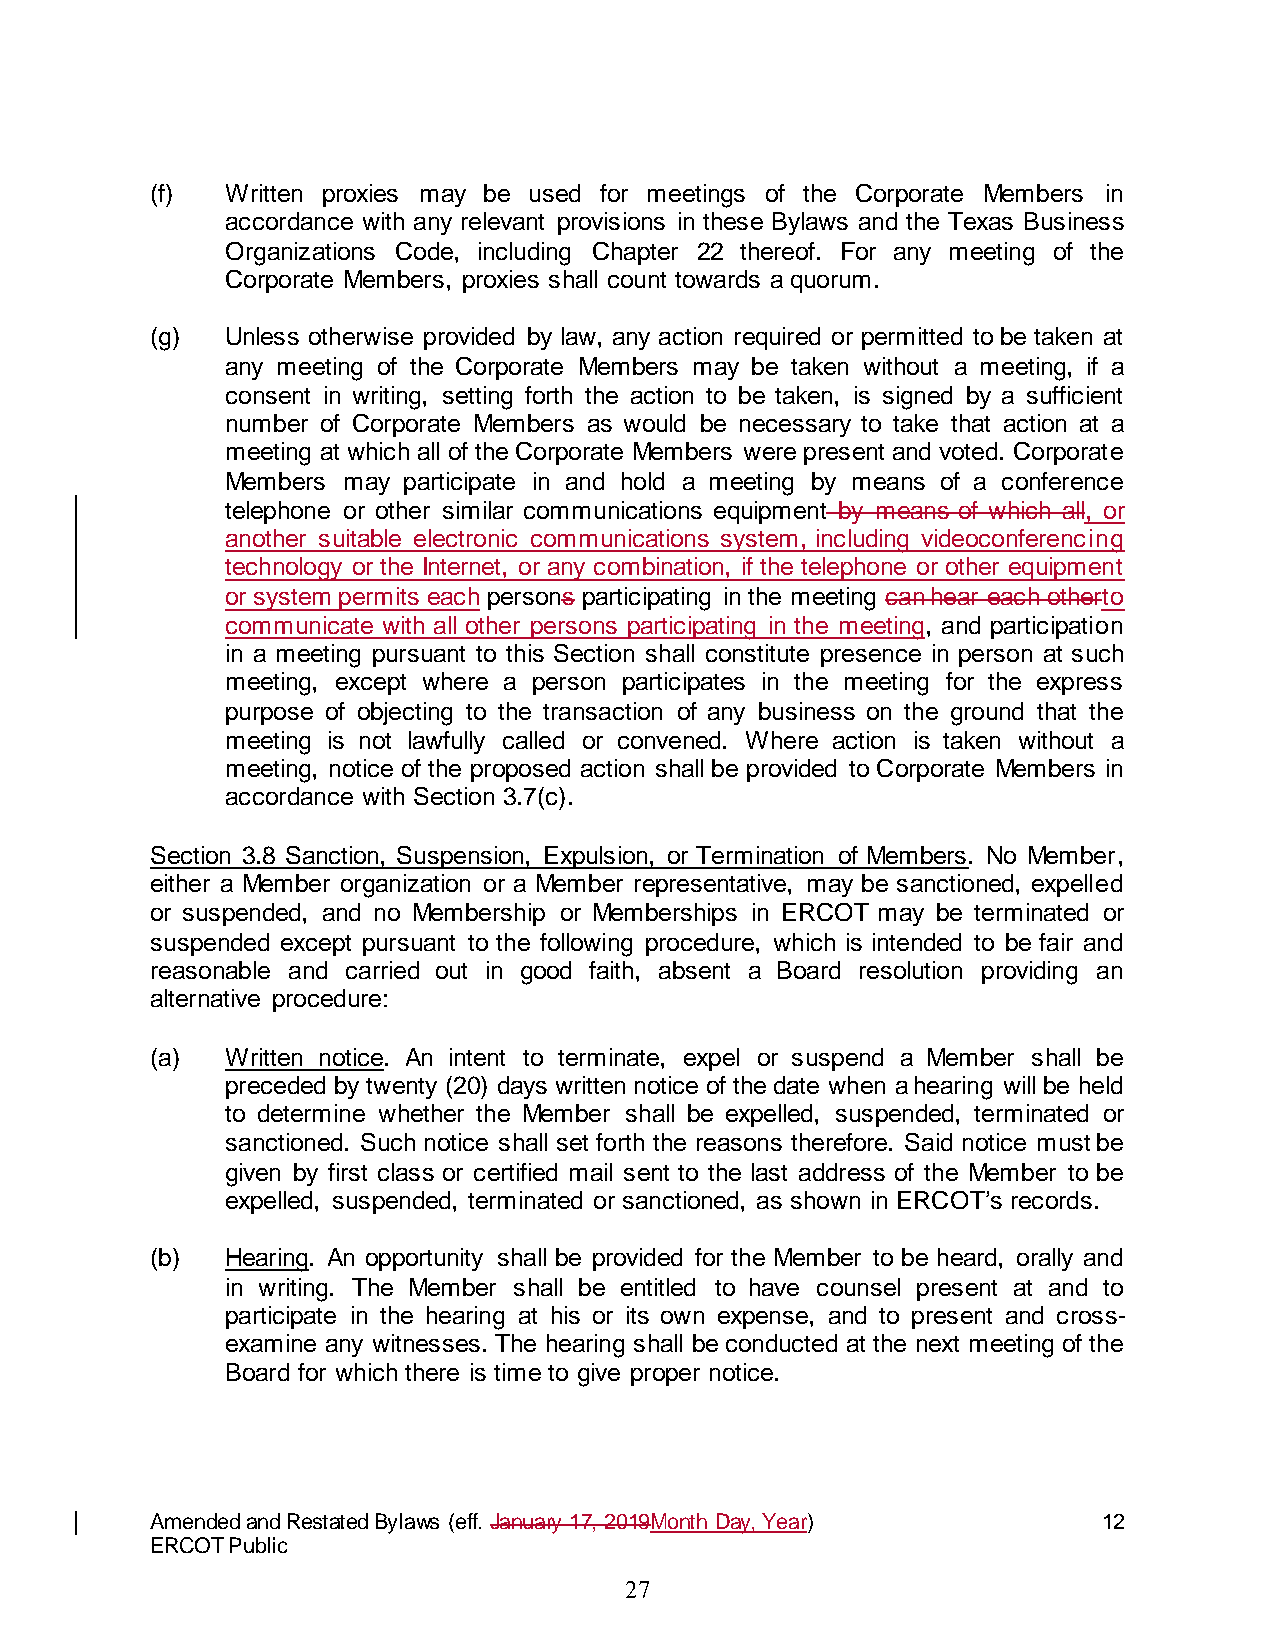
(f)  Written proxies may be used for meetings of the Corporate Members in
 accordance with any relevant provisions in these Bylaws and the Texas Business
 Organizations Code, including Chapter 22 thereof. For any meeting of the
 Corporate Members, proxies shall count towards a quorum.
 (g)  Unless otherwise provided by law, any action required or permitted to be taken at
 any meeting of the Corporate Members may be taken without a meeting, if a
 consent in writing, setting forth the action to be taken, is signed by a sufficient
 number of Corporate Members as would be necessary to take that action at a
 meeting at which all of the Corporate Members were present and voted. Corporate
 Members may participate in and hold a meeting by means of a conference
 telephone or other similar communications equipment by means of which all, or
 another suitable electronic communications system, including videoconferencing
 technology or the Internet, or any combination, if the telephone or other equipment
 or system permits each persons participating in the meeting can hear each otherto
 communicate with all other persons participating in the meeting, and participation
 in a meeting pursuant to this Section shall constitute presence in person at such
 meeting, except where a person participates in the meeting for the express
 purpose of objecting to the transaction of any business on the ground that the
 meeting is not lawfully called or convened. Where action is taken without a
 meeting, notice of the proposed action shall be provided to Corporate Members in
 accordance with Section 3.7(c).
 Section 3.8 Sanction, Suspension, Expulsion, or Termination of Members. No Member,
 either a Member organization or a Member representative, may be sanctioned, expelled
 or suspended, and no Membership or Memberships in ERCOT may be terminated or
 suspended except pursuant to the following procedure, which is intended to be fair and
 reasonable and carried out in good faith, absent a Board resolution providing an
 alternative procedure:
 (a)  Written notice. An intent to terminate, expel or suspend a Member shall be
 preceded by twenty (20) days written notice of the date when a hearing will be held
 to determine whether the Member shall be expelled, suspended, terminated or
 sanctioned. Such notice shall set forth the reasons therefore. Said notice must be
 given by first class or certified mail sent to the last address of the Member to be
 expelled, suspended, terminated or sanctioned, as shown in ERCOT’s records.
 (b)  Hearing. An opportunity shall be provided for the Member to be heard, orally and
 in writing. The Member shall be entitled to have counsel present at and to
 participate in the hearing at his or its own expense, and to present and cross-
 examine any witnesses. The hearing shall be conducted at the next meeting of the
 Board for which there is time to give proper notice.
 Amended and Restated Bylaws (eff. January 17, 2019Month Day, Year) 12
 ERCOT Public
 27